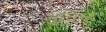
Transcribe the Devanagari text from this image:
भूचिन्ह